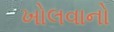
ખોલવાનો